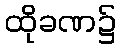
ထိုခဏ၌